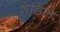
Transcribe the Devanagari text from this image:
शेडिन